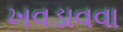
ખવડાવવા